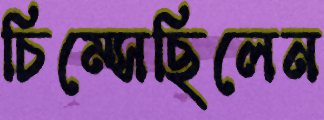
চিম্‌সেছিলেন